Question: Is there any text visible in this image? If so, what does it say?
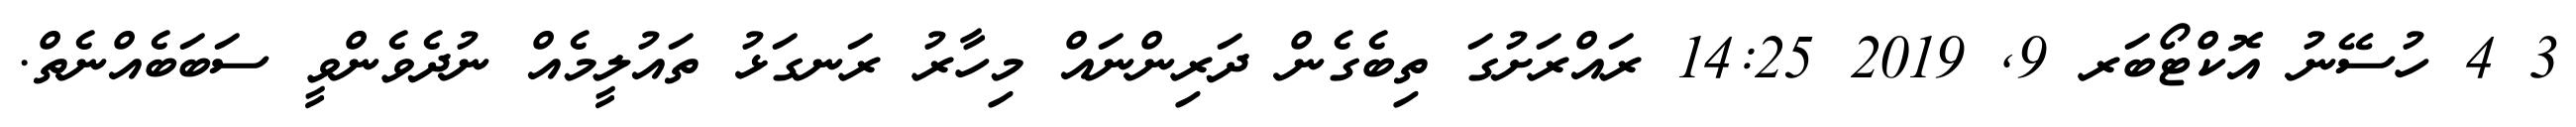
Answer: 3 4 ހުސޭނު އޮކްޓޯބަރ 9, 2019 14:25 ރައްރަށުގަ ތިބެގެން ދަރިންނައް މިހާރު ރަނގަޅު ތައުލީމެއް ނުދެވެންވީ ސަބަބެއްނެތް.